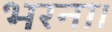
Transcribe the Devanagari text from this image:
भरना।